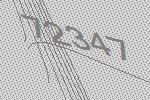
72347